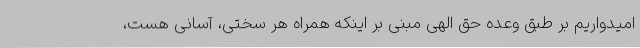
امیدواریم بر طبق وعده حق الهی مبنی بر اینکه همراه هر سختی، آسانی هست،